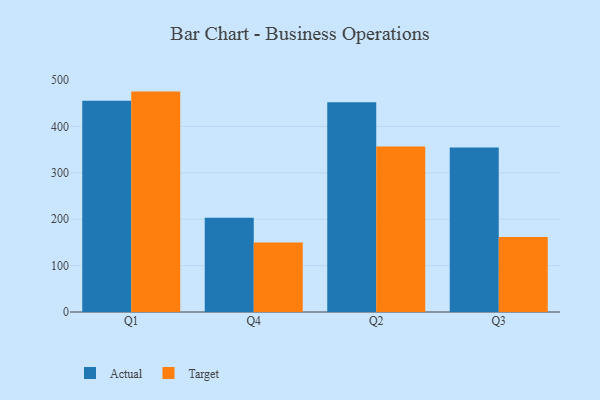
{"axis": {"x": "Quarter", "y": "Backlog"}, "legend": ["Actual", "Target"], "data": [{"x": "Q1", "y": 455.3, "type": "Actual"}, {"x": "Q1", "y": 475.1, "type": "Target"}, {"x": "Q4", "y": 203.4, "type": "Actual"}, {"x": "Q4", "y": 149.9, "type": "Target"}, {"x": "Q2", "y": 452.4, "type": "Actual"}, {"x": "Q2", "y": 356.5, "type": "Target"}, {"x": "Q3", "y": 354.7, "type": "Actual"}, {"x": "Q3", "y": 161.7, "type": "Target"}]}